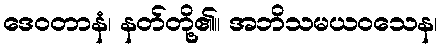
ဒေဝတာနံ၊ နတ်တို့၏။ အဘိသမယဝသေန၊